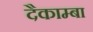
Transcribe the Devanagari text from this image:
दैकाम्बा